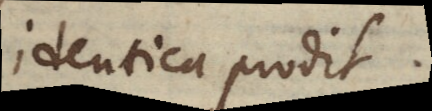
identica prodit.